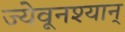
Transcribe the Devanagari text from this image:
ज्येवूनश्यान्